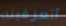
أتعرفينه